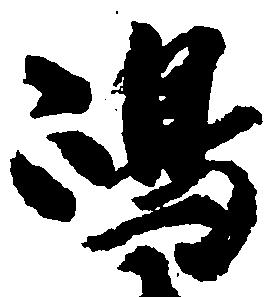
嶋